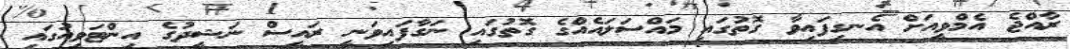
ރާއްޖެ އެމްވީއަށް އެނގިފައިވާ ގޮތުގައި މައްސަލައެއްގެ ގޮތުގައި ނަގާފައިވަނީ ރައީސް ނަޝީދުގެ އިންޓަވިއުގައި